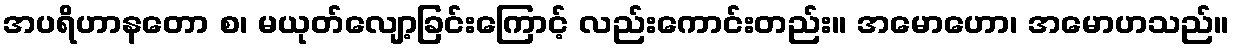
အပရိဟာနတော စ၊ မယုတ်လျော့ခြင်းကြောင့် လည်းကောင်းတည်း။ အမောဟော၊ အမောဟသည်။